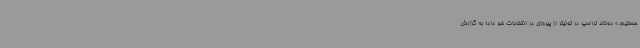
هستیم.» دونالد ترامپ در توئیتر از پیروزی در انتخابات خبر داد! به گزارش